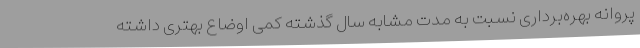
پروانه بهره‌برداری نسبت به مدت مشابه سال گذشته کمی اوضاع بهتری داشته